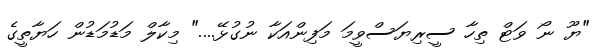
"ޔޫ ނޯ ވަޓް ތިހާ ސީރިޔަސްވީމަ މަފިންއަކާ ނުގުޅޭ...." މިކާލް މަޑުމަޑުން ހަޔާތީގެ